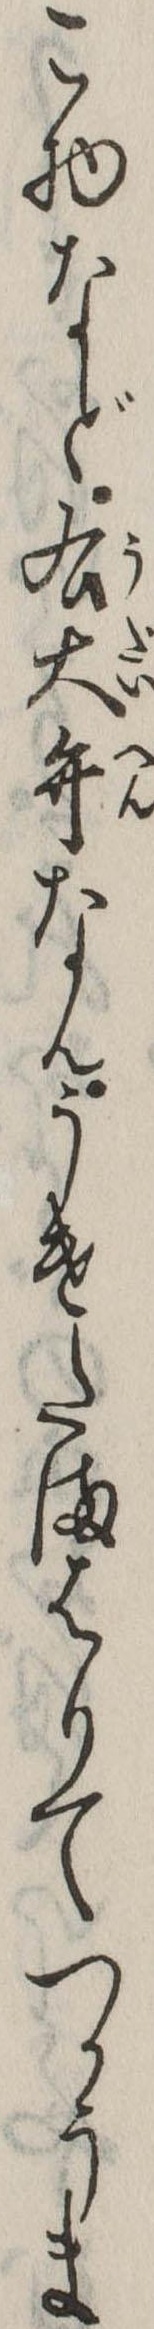
こ物など右大弁なんうけたまはりてつかうま